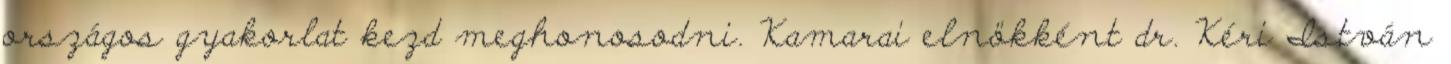
országos gyakorlat kezd meghonosodni. Kamarai elnökként dr. Kéri István